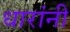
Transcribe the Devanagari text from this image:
धारांनी